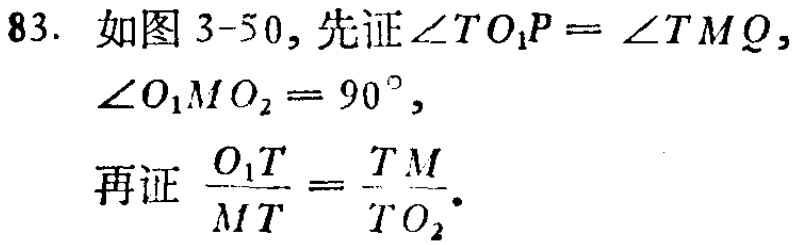
83. 如图 3-50, 先证\(\angle TO_{1}P = \angle TMQ\),
\(\angle O_{1}MO_{2}=90^{\circ}\),
再证\(\frac{O_{1}T}{MT}=\frac{TM}{TO_{2}}\).